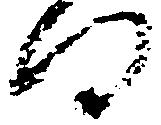
向